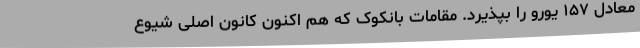
معادل ۱۵۷ یورو را بپذیرد. مقامات بانکوک که هم اکنون کانون اصلی شیوع